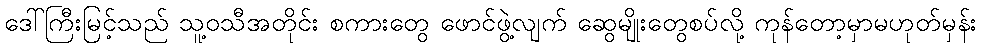
ဒေါ်ကြီးမြင့်သည် သူ့ဝသီအတိုင်း စကားတွေ ဖောင်ဖွဲ့လျက် ဆွေမျိုးတွေစပ်လို့ ကုန်တော့မှာမဟုတ်မှန်း